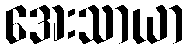
အေးသာယာ